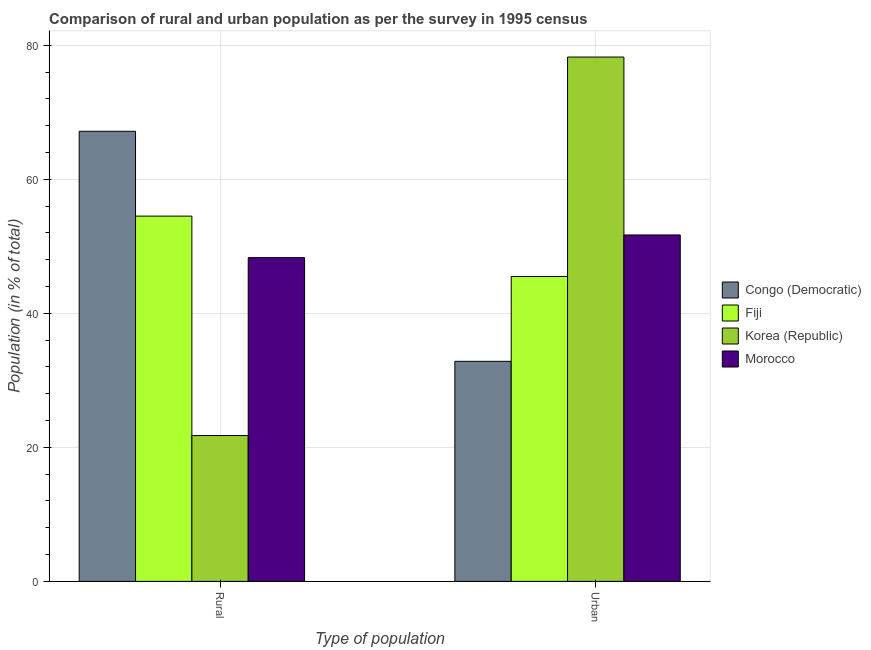
| Type of population | Congo (Democratic) | Fiji | Korea (Republic) | Morocco |
 | --- | --- | --- | --- | --- |
 | Rural | 67.2 | 54.5 | 21.8 | 48.3 |
 | Urban | 32.8 | 45.5 | 78.2 | 51.7 |